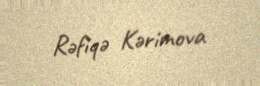
Rəfiqə Kərimova